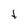
Character: t